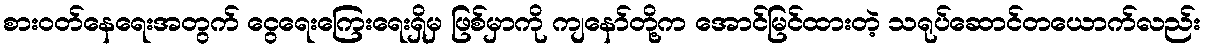
စားဝတ်နေရေးအတွက် ငွေရေးကြေးရေးရှိမှ ဖြစ်မှာကို ကျနော်တို့က အောင်မြင်ထားတဲ့ သရုပ်ဆောင်တယောက်လည်း